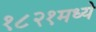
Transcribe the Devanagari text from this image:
१८२१मध्ये